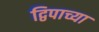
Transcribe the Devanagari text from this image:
द्विपाच्या